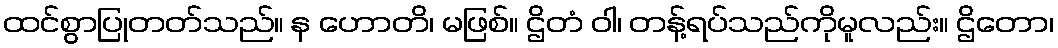
ထင်စွာပြုတတ်သည်။ န ဟောတိ၊ မဖြစ်။ ဌိတံ ဝါ၊ တန့်ရပ်သည်ကိုမူလည်း။ ဌိတော၊